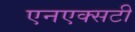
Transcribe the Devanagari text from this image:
एनएक्सटी